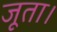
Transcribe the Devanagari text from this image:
जूता।